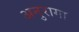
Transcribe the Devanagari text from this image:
अनुरागा